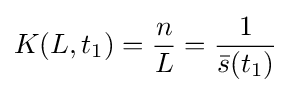
K(L,t_{1})={\frac {n}{L}}={\frac {1}{{\bar {s}}(t_{1})}}